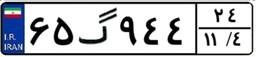
۶۵گ۹۴۴۲۴